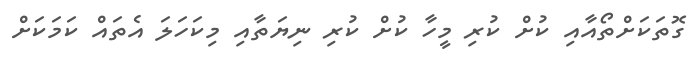
ގޮތަކަށްތޯއާއި ކުށް ކުރި މީހާ ކުށް ކުރި ނިޔަތާއި މިކަހަލަ އެތައް ކަމަކަށް